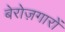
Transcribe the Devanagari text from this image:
बेरोज़गारों